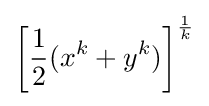
\left[{\frac {1}{2}}(x^{k}+y^{k})\right]^{\frac {1}{k}}